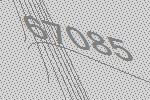
67085